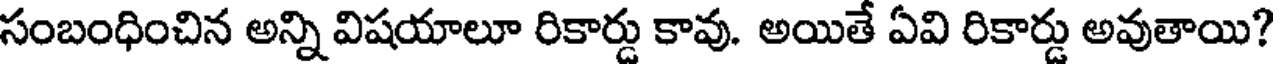
సంబంధించిన అన్ని విషయాలూ రికార్డు కావు. అయితే ఏవి రికార్డు అవుతాయి?